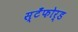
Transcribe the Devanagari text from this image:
स्टँफोर्ड